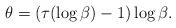
LaTeX: \begin{align*}\theta = (\tau(\log \beta) -1)\log \beta.\end{align*}